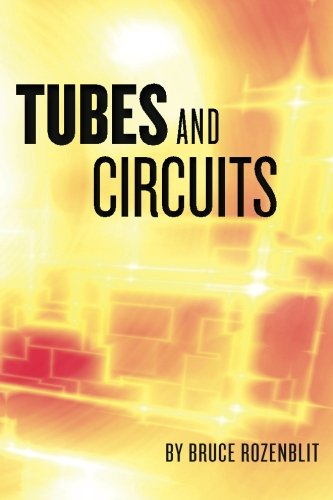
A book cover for Tubes and Circuits; Bruce Rozenblit; Science & Math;